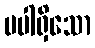
မပါရှိသော